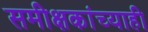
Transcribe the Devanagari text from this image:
समीक्षकांच्याही